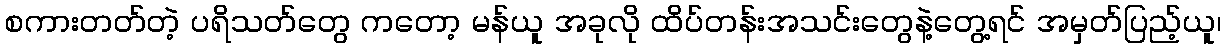
စကားတတ်တဲ့ ပရိသတ်တွေ ကတော့ မန်ယူ အခုလို ထိပ်တန်းအသင်းတွေနဲ့တွေ့ရင် အမှတ်ပြည့်ယူ၊